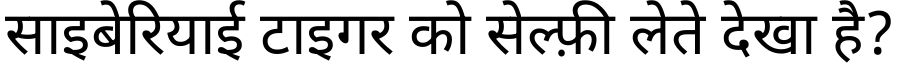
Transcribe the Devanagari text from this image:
साइबेरियाई टाइगर को सेल्फ़ी लेते देखा है?